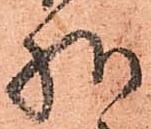
様